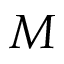
M